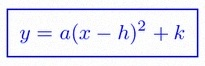
y=a(x-h)^2+k